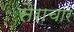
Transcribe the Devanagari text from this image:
सैराचार